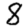
Digit: 8